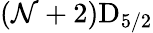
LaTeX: (\mathcal{N}+2)\mathrm{{{D}}}_{5/2}